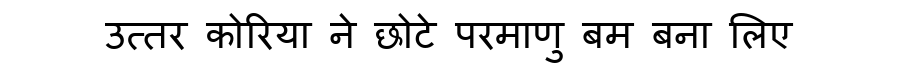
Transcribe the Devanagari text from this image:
उत्तर कोरिया ने छोटे परमाणु बम बना लिए